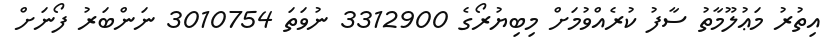
އިތުރު މަޢުލޫމާތު ސާފު ކުރެއްވުމަށް މިބިޔުރޯގެ 3312900 ނުވަތަ 3010754 ނަންބަރު ފޯނަށް